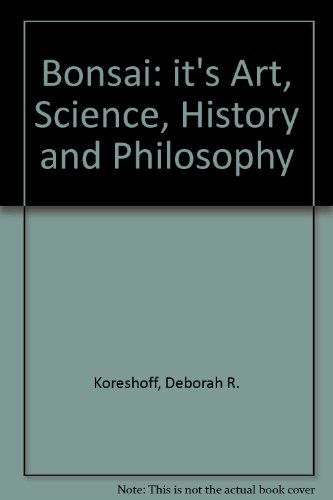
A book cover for Bonsai: Its Art, Science, History and Philosophy; Deborah R. Koreshoff; Crafts, Hobbies & Home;